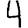
Digit: 4